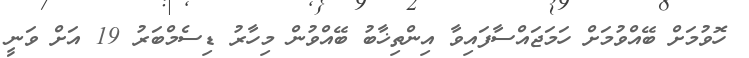
ހޮވުމަށް ބޭއްވުމަށް ހަމަޖައްސާފައިވާ އިންތިޚާބު ބޭއްވުން މިހާރު ޑިސެމްބަރު 19 އަށް ވަނީ